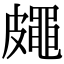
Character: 𥀨